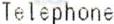
TELEPHONE